Report on the administration of the Government Cinchona Department 1892-98
Year: 1892
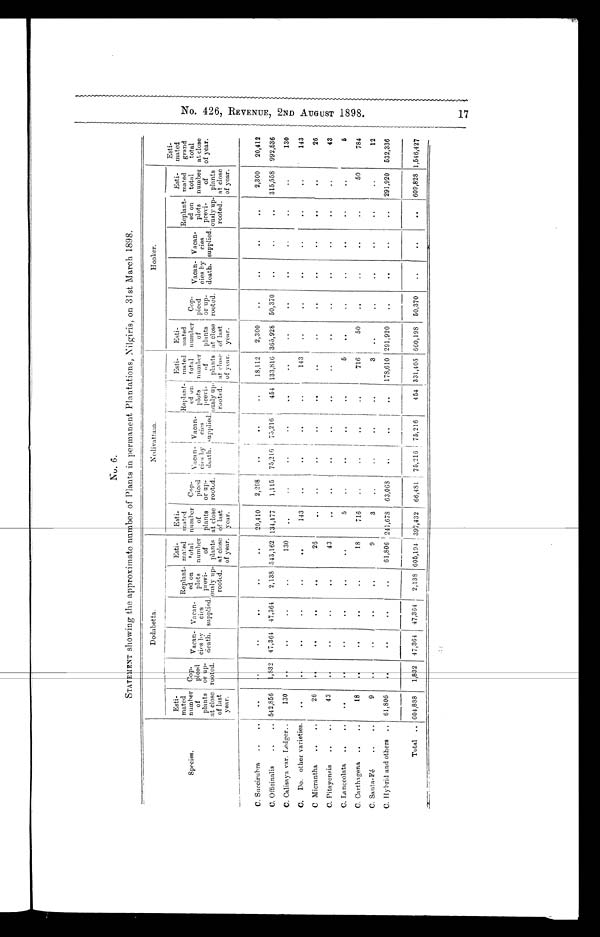
No. 426, REVENUE, 2ND AUGUST 1898. 17
No. 6.
STATEMENT showing the approximate number of Plants in permanent Plantations, Nilgiris, on 31st March 1898.
S p e c i e s .
D o d a b e t t a .
N e d i v a t t a m .
H o o k e r .
Esti-
mated
grand
total
at close
of year.
Esti-
mated
number
of
plants
at close
of last
year.
Co p - p i c e d
or up-
rootet.
Vacan- cies by
Death.
Vacan-
cies
supplied.
Replant-
ed on
plots
previ-
ously up-
rooted.
Esti-
mated
total
number
of
plants
at close
of year.
Esti-
mated
number
of
plants
at close
of last
year.
Cop-
p i e c e
or up
rooted.
V a c a n - c i e s b y d e a t h .
Vacan-ci es suppl i ed.
Replant-
ed on
plots
previ-
ousl y up-
rooted
.
Esti-
mated
number
of
plants
at close
of last
year.
Esti-
mated
number
of
plants
at close
of last
year.
Cop-
p i e c e
or up
rooted.
Vacan-ci es by deat h.
Vacan-
cies
supplied.
Replant-
ed on
plots
previ-
ously up-
rooted.
Esti-
mated
total
number
of
plants
at close
of year.
C
. Succirubra
..
..
. .
. .
. .
. .
. .
. .
20,410
2,298
..
. .
. .
18,112
2,300
. .
. .
. .
. . 2,300
20,412
C. Officinalis .. ..
542,856
1 , 8 3 2 47,364 47,364
2,138 543,162 134,477
1,115 75,216 75,216
454 133,816 365,928 50,370
. .
. .
. . 315,558 992,536
C. Calisaya var. Ledger..
130
. .
. .
. .
. .
130
. .
. .
. .
. .
. .
. .
. .
. .
. .
. .
. .
. .
130
C. Do. other varieties.
. .
. .
. .
. .
..
. .
143
. .
. .
. .
. .
143
. .
. .
. .
. .
. .
. .
143
C Micrantha
..
..
26
. .
. .
. .
.
. .
26
. .
. .
. .
. .
. .
. .
. .
. .
. .
. .
. .
. .
26
C. Pitayensis .. ..
43
. .
. .
. .
. .
43 ..
..
..
. .
. .
. . ..
. .
. .
. .
. .
. .
43
C. Lanceolata .. ..
. .
. .
. .
. .
. .
. .
5
. .
. .
. .
5
. .
. .
. .
. .
o.
. .
5
C. Carthagena. .. ..
18
. .
. .
. .
. .
18
716
. .
. .
. .
. .
716
50
. .
. .
. .
.
.
50
784
C. Santa-Fé .. ..
9
. .
. .
. .
. .
9
3
. .
.
.
. .
. .
3
. .
. .
. .
. .
..
. .
12
C. Hybrid and others .. 61,806
. .
. .
. .
. . 61,806 241,678
63,068
. .
. .
. . 178,610 291,920
. .
. .
. .
. . 291,920 532,336
Total
604,888
1,832 47,364 47,364
2,138 605,194 397,432 66,481 75,216 75,216
454 331,405 660,198 50,370
. .
. .
. . 609,828 1,546,427 1,546,427